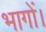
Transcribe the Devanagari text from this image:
भागों।